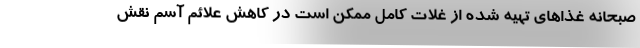
صبحانه غذاهای تهیه شده از غلات کامل ممکن است در کاهش علائم آسم نقش